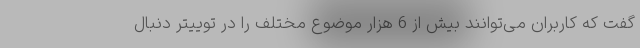
گفت که کاربران می‌توانند بیش از 6 هزار موضوع مختلف را در توییتر دنبال